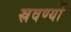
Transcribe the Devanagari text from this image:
स्रवर्ण्यो